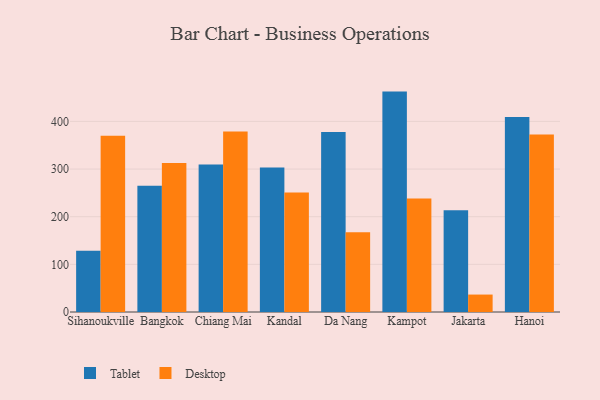
{"axis": {"x": "City", "y": "Tickets Resolved"}, "legend": ["Desktop", "Tablet"], "data": [{"x": "Sihanoukville", "y": 128.6, "type": "Tablet"}, {"x": "Sihanoukville", "y": 369.9, "type": "Desktop"}, {"x": "Bangkok", "y": 265.2, "type": "Tablet"}, {"x": "Bangkok", "y": 312.5, "type": "Desktop"}, {"x": "Chiang Mai", "y": 309.4, "type": "Tablet"}, {"x": "Chiang Mai", "y": 378.8, "type": "Desktop"}, {"x": "Kandal", "y": 303.1, "type": "Tablet"}, {"x": "Kandal", "y": 250.8, "type": "Desktop"}, {"x": "Da Nang", "y": 377.6, "type": "Tablet"}, {"x": "Da Nang", "y": 167.2, "type": "Desktop"}, {"x": "Kampot", "y": 462.6, "type": "Tablet"}, {"x": "Kampot", "y": 238.0, "type": "Desktop"}, {"x": "Jakarta", "y": 213.4, "type": "Tablet"}, {"x": "Jakarta", "y": 36.6, "type": "Desktop"}, {"x": "Hanoi", "y": 409.4, "type": "Tablet"}, {"x": "Hanoi", "y": 372.7, "type": "Desktop"}]}